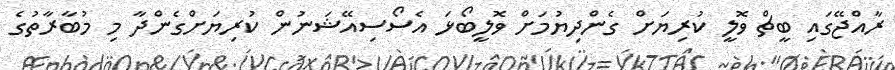
ރާއްޖޭގައި ބީޗް ވޮލީ ކުރިޔަށް ގެންދިޔުމަށް ވޮލީބޯޅަ އެސޯސިއޭޝަނުން ކުރިޔަށްގެންދާ މި މުބާރާތުގެ